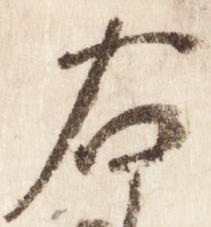
右